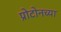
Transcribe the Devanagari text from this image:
प्रोटोनच्या